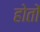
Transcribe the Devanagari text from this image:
होतों